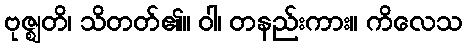
ဗုဇ္ဈတိ၊ သိတတ်၏။ ဝါ၊ တနည်းကား။ ကိလေသ